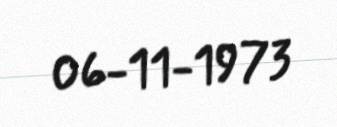
06-11-1973